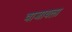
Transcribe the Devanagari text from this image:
वाजायला